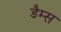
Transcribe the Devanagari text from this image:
डैम्स